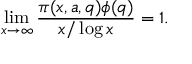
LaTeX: \operatorname* { l i m } _ { x \to \infty } { \frac { \pi ( x , a , q ) \phi ( q ) } { x / \log x } } = 1 .